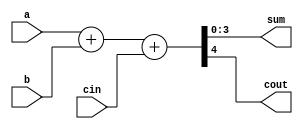
/*****************************************************
**  Verilog-HDL Training  Lab                       **
******************************************************
**  adder. 							                **
**                                                  **
*****************************************************/

module adder( a, b, cin, sum, cout ) ;
input [3:0]     a;
input [3:0]     b;
input           cin;
output [3:0]    sum;
output          cout;

assign { cout, sum } = a + b + cin;

endmodule